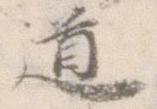
道